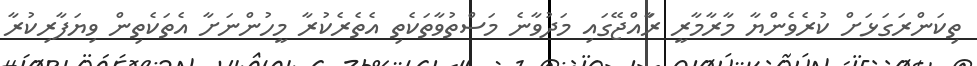
ތިކަންރަގަަޅަށް ކުރެވެންޔާ މާރާމާރީ ރާައްޖޭގައި މަދުވާނެ މަސްތުވާތަކެތި އެތެރެކުރާ މީހުންނަށާ އެތަކެތިން ވިޔަފާރިކުރާ